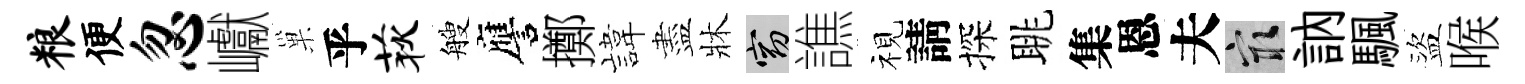
粮便忽巘巢乎荻艘譍擲旗盡牀窈譙视請探眺集恩夫冣訥颿盜喉